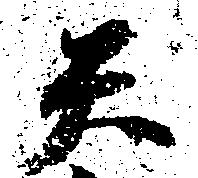
天